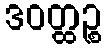
ဒဝတ္ထဉ္စ